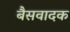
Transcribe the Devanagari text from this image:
बैसवादक